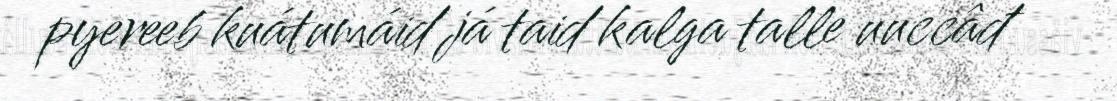
pyereeb kuátumáid já taid kalga talle uuccâđ